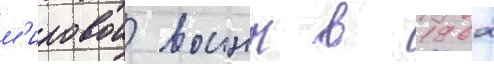
м'ировои воины в 1962